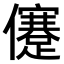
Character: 𠐻